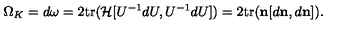
\Omega _ { K } = d \omega = 2 \mathrm { t r } ( { \cal H } [ U ^ { - 1 } d U , U ^ { - 1 } d U ] ) = 2 \mathrm { t r } ( { \bf n } [ d { \bf n } , d { \bf n } ] ) .